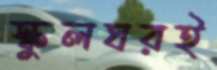
স্কুলঘরই